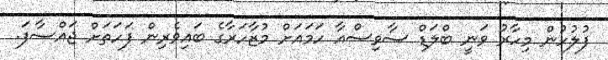
ފުލުހުން މިހާރު ވަނީ ބްލަޑް ސާވިސްއާ ހަމައަށް މުޒާހަރާގެ ބައިވެރިން ފަހަަތަށް ޖައްސާފަ.